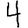
Digit: 4